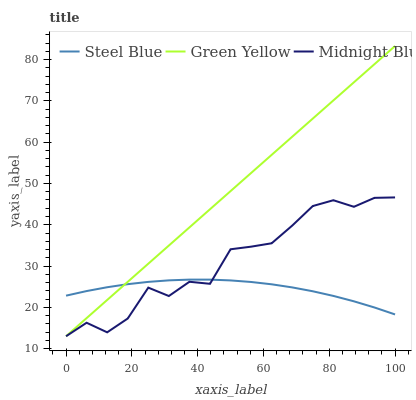
| xaxis_label | Steel Blue | Green Yellow | Midnight Blue |
 | --- | --- | --- | --- |
 | 0 | 22.8 | 13 | 13 |
 | 6.25 | 23.9 | 17.4 | 16.3 |
 | 12.5 | 24.9 | 21.8 | 14 |
 | 18.8 | 25.6 | 26.2 | 17.3 |
 | 25 | 26.2 | 30.6 | 24.8 |
 | 31.2 | 26.5 | 35 | 22.7 |
 | 37.5 | 26.7 | 39.4 | 26.2 |
 | 43.8 | 26.7 | 43.7 | 25.7 |
 | 50 | 26.5 | 48.1 | 34.1 |
 | 56.2 | 26.1 | 52.5 | 34.7 |
 | 62.5 | 25.6 | 56.9 | 35.5 |
 | 68.8 | 24.8 | 61.3 | 39.8 |
 | 75 | 23.9 | 65.7 | 44.5 |
 | 81.2 | 22.8 | 70.1 | 45.9 |
 | 87.5 | 21.5 | 74.5 | 44.3 |
 | 93.8 | 20 | 78.9 | 46.5 |
 | 100 | 18.3 | 83.3 | 46.6 |